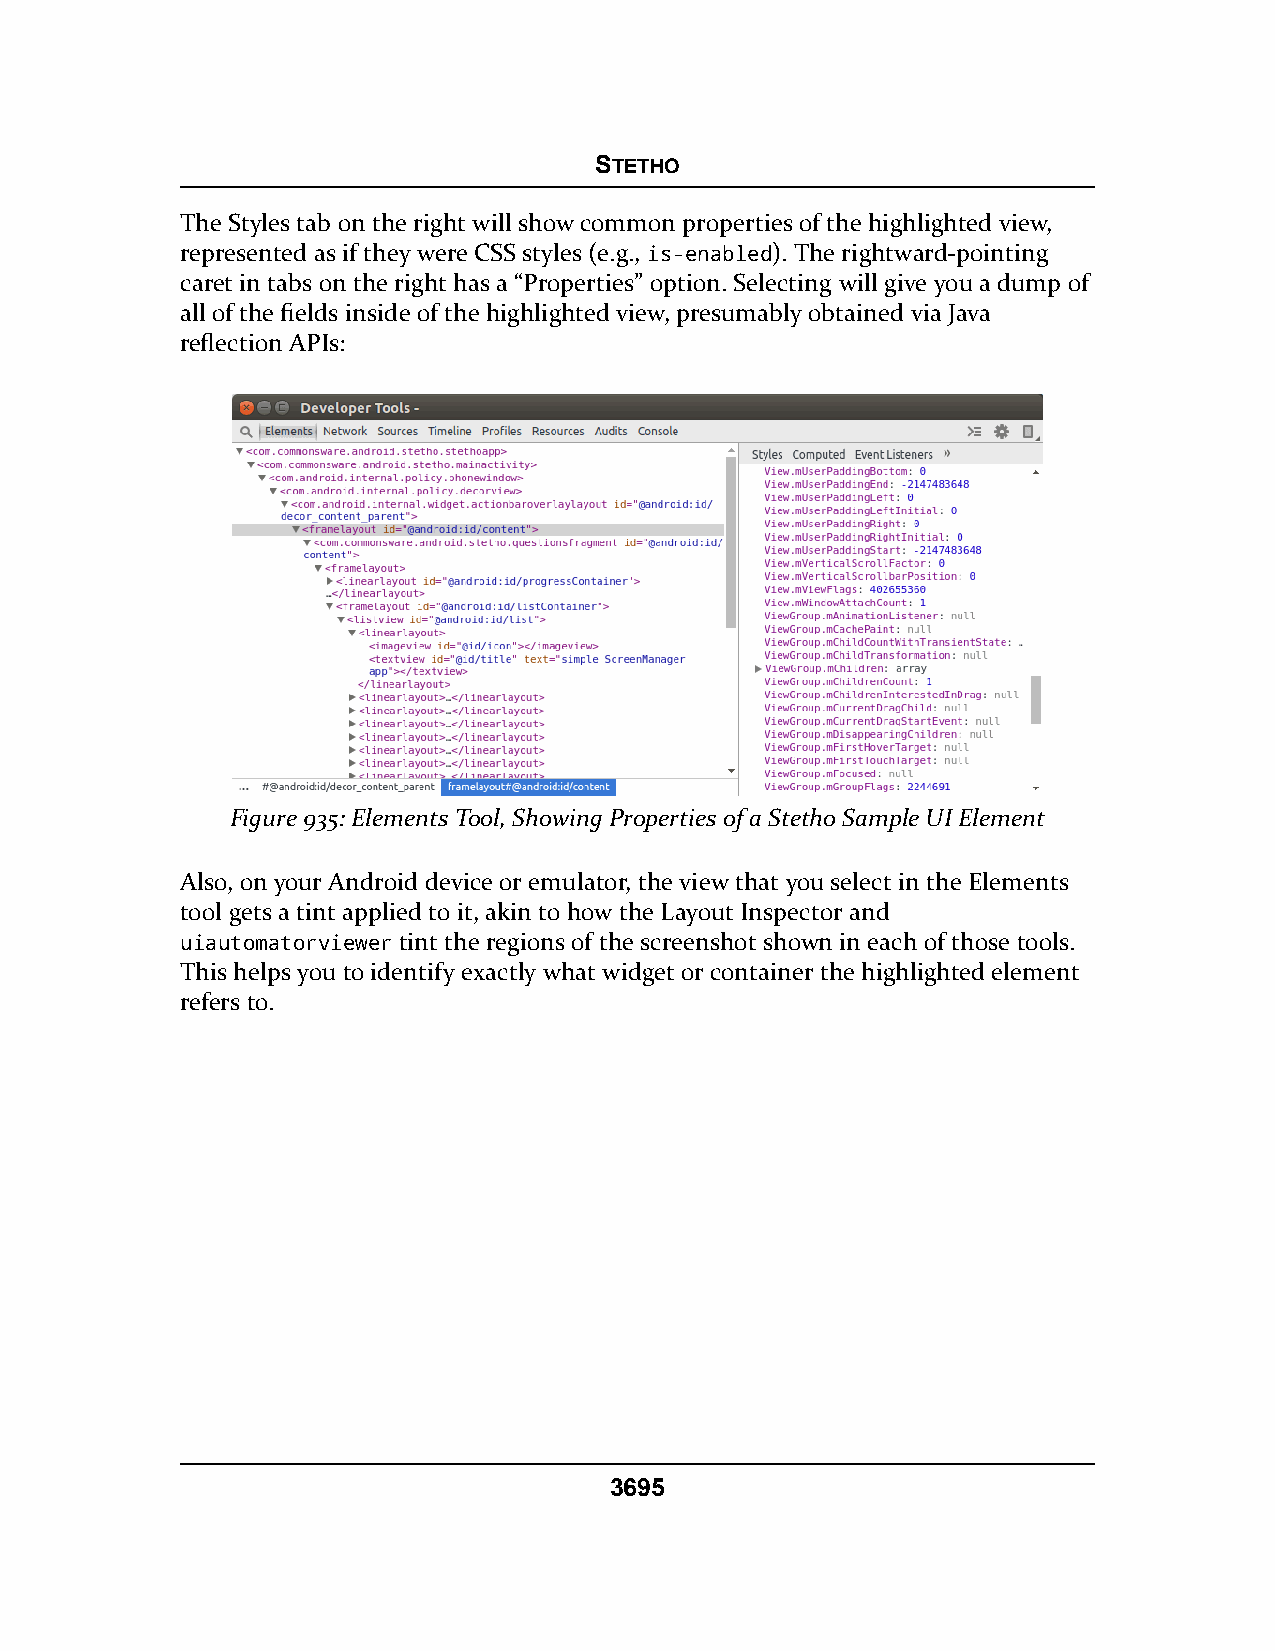
STETHO
 The Styles tab on the right will show common properties of the highlighted view,
 represented as if they were CSS styles (e.g., is-enabled). The rightward-pointing
 caret in tabs on the right has a “Properties” option. Selecting will give you a dump of
 all of the fields inside of the highlighted view, presumably obtained via Java
 reflection APIs:
 Figure 935: Elements Tool, Showing Properties of a Stetho Sample UI Element
 Also, on your Android device or emulator, the view that you select in the Elements
 tool gets a tint applied to it, akin to how the Layout Inspector and
 uiautomatorviewer tint the regions of the screenshot shown in each of those tools.
 This helps you to identify exactly what widget or container the highlighted element
 refers to.
 3695